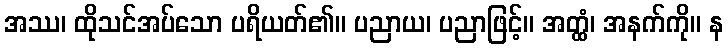
အဿ၊ ထိုသင်အပ်သော ပရိယတ်၏။ ပညာယ၊ ပညာဖြင့်။ အတ္ထံ၊ အနက်ကို။ န